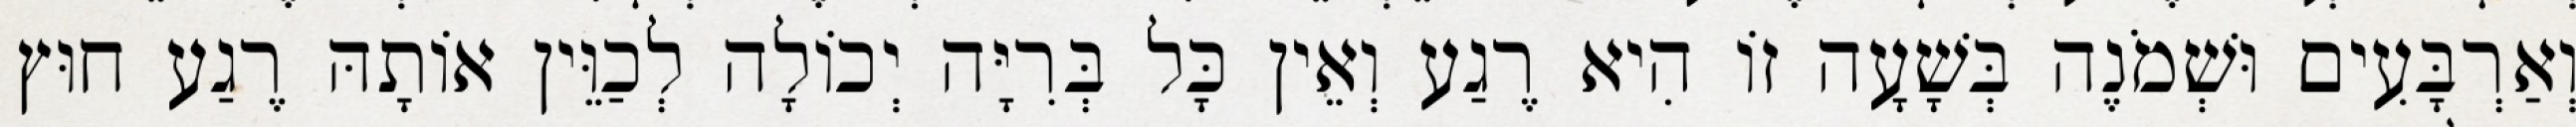
וְאַרְבָּעִים וּשְׁמֹנֶה בְּשָׁעָה זוֹ הִיא רֶגַע וְאֵין כָּל בְּרִיָּה יְכוֹלָה לְכַוֵּין אוֹתָהּ רֶגַע חוּץ